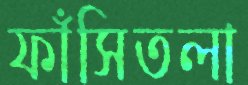
ফাঁসিতলা